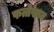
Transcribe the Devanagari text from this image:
फत्तेखान